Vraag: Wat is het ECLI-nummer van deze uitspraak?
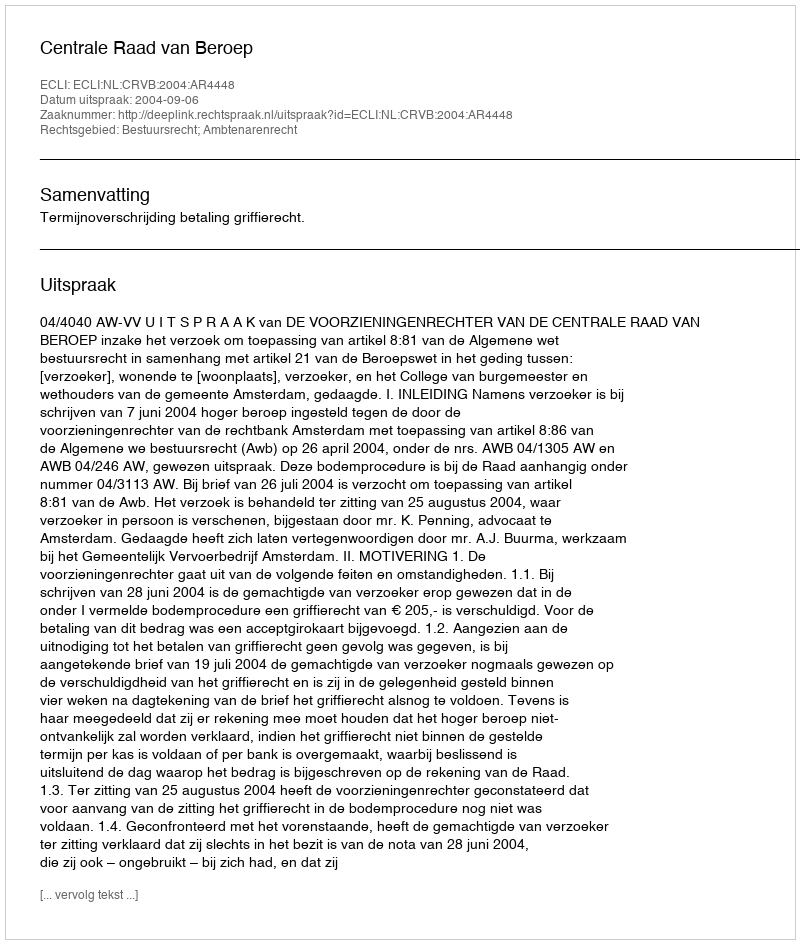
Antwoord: ECLI:NL:CRVB:2004:AR4448